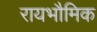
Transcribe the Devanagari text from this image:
रायभौमिक